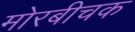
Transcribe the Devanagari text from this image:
मोरबीचक